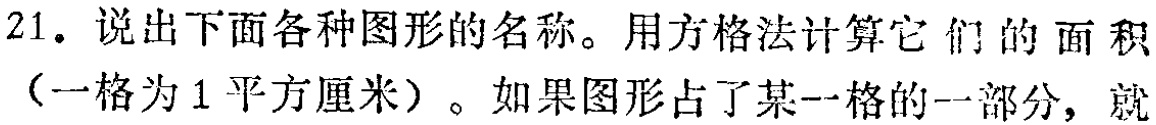
21. 说出下面各种图形的名称。用方格法计算它们的面积（一格为1平方厘米）。如果图形占了某一格的一部分，就